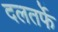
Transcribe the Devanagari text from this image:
दलतर्फे